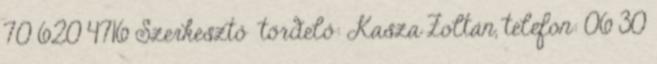
70 620 4716 Szerkesztő tördelő: Kasza Zoltán, telefon: 06 30